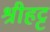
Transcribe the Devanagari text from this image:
श्रीहट्ट